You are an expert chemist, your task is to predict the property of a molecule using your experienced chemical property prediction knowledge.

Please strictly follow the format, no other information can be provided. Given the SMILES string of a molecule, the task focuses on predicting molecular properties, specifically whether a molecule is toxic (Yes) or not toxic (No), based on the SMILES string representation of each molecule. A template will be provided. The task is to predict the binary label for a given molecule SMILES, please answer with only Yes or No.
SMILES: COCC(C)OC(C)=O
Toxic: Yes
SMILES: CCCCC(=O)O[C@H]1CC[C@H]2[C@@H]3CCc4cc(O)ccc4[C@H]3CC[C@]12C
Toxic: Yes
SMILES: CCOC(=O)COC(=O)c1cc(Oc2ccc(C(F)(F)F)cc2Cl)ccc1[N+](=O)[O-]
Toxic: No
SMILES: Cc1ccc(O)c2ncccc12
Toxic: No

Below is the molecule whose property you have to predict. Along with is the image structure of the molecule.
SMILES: C=C1CC[C@H]2C[C@@H]1C2(C)C
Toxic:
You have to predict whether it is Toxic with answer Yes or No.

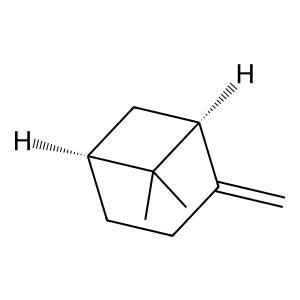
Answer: No